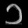
Digit: ၁